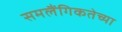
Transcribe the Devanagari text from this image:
समलैंगिकतेच्या